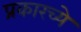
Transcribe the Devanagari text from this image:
प्रकारच्ये